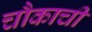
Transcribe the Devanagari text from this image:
चौकाची